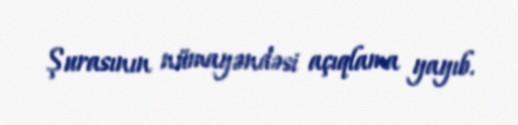
Şurasının nümayəndəsi açıqlama yayıb.